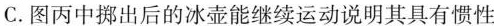
C.图丙中拼出后的冰壶能继续运动说明其具有惯性